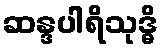
ဆန္ဒပါရိသုဒ္ဓိ